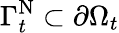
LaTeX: \Gamma_{t}^{\mathrm{N}}\subset\partial\Omega_{t}